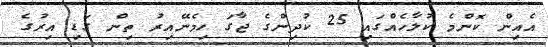
އެއިން ކޮންމެ ކުލާހެއްގައި 25 ކުދިންގެ ޖާގަ ހިމެނޭއިރު ތިން ގަޑި އިރުގެ